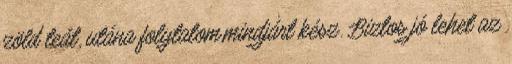
zöld teát, utána folytatom,mindjárt kész. Biztos jó lehet az